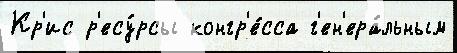
Кр'ис р'есу́рсы конгр'е́сса г'ен'ера́льным